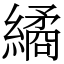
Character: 繘